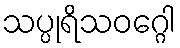
သပ္ပုရိသဝဂ္ဂေါ